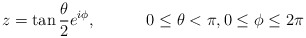
\begin{align*}z= \tan\frac{\theta}{2}e^{i\phi}, \hspace{ .5 in} 0 \leq \theta <\pi ,0 \leq \phi \leq 2\pi\end{align*}